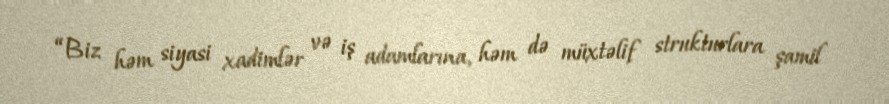
“Biz həm siyasi xadimlər və iş adamlarına, həm də müxtəlif strukturlara şamil